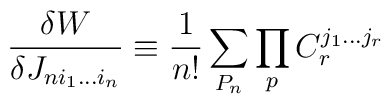
{\frac{\delta W}{\delta J_{ni_1...i_n}}}\equiv {\frac{1}{n!}}\sum_{P_n}\prod_{p}C_r^{j_1...j_r}